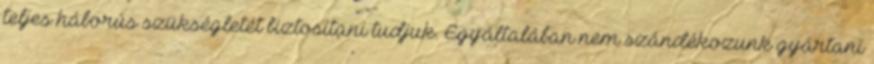
teljes háborús szükségletét biztosítani tudjuk. Egyáltalában nem szándékozunk gyártani